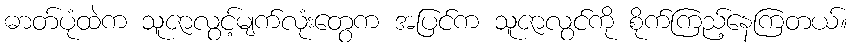
ဓာတ်ပုံထဲက သူဇာလွင့်မျက်လုံးတွေက အပြင်က သူဇာလွင်ကို စိုက်ကြည့်နေကြတယ်။